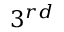
3 ^ { r d }